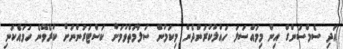
އަދި ސެމްސަންގް އިން މިމައްސަލަ ހައްލުކުރަންދެން މިކަމުން ސަލާމަތްވުމަށް ކަސްޓަަރުންނަށް ކުރެވޭނެ ހަމައެކަނި